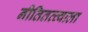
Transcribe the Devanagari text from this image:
नीतितत्त्वाला